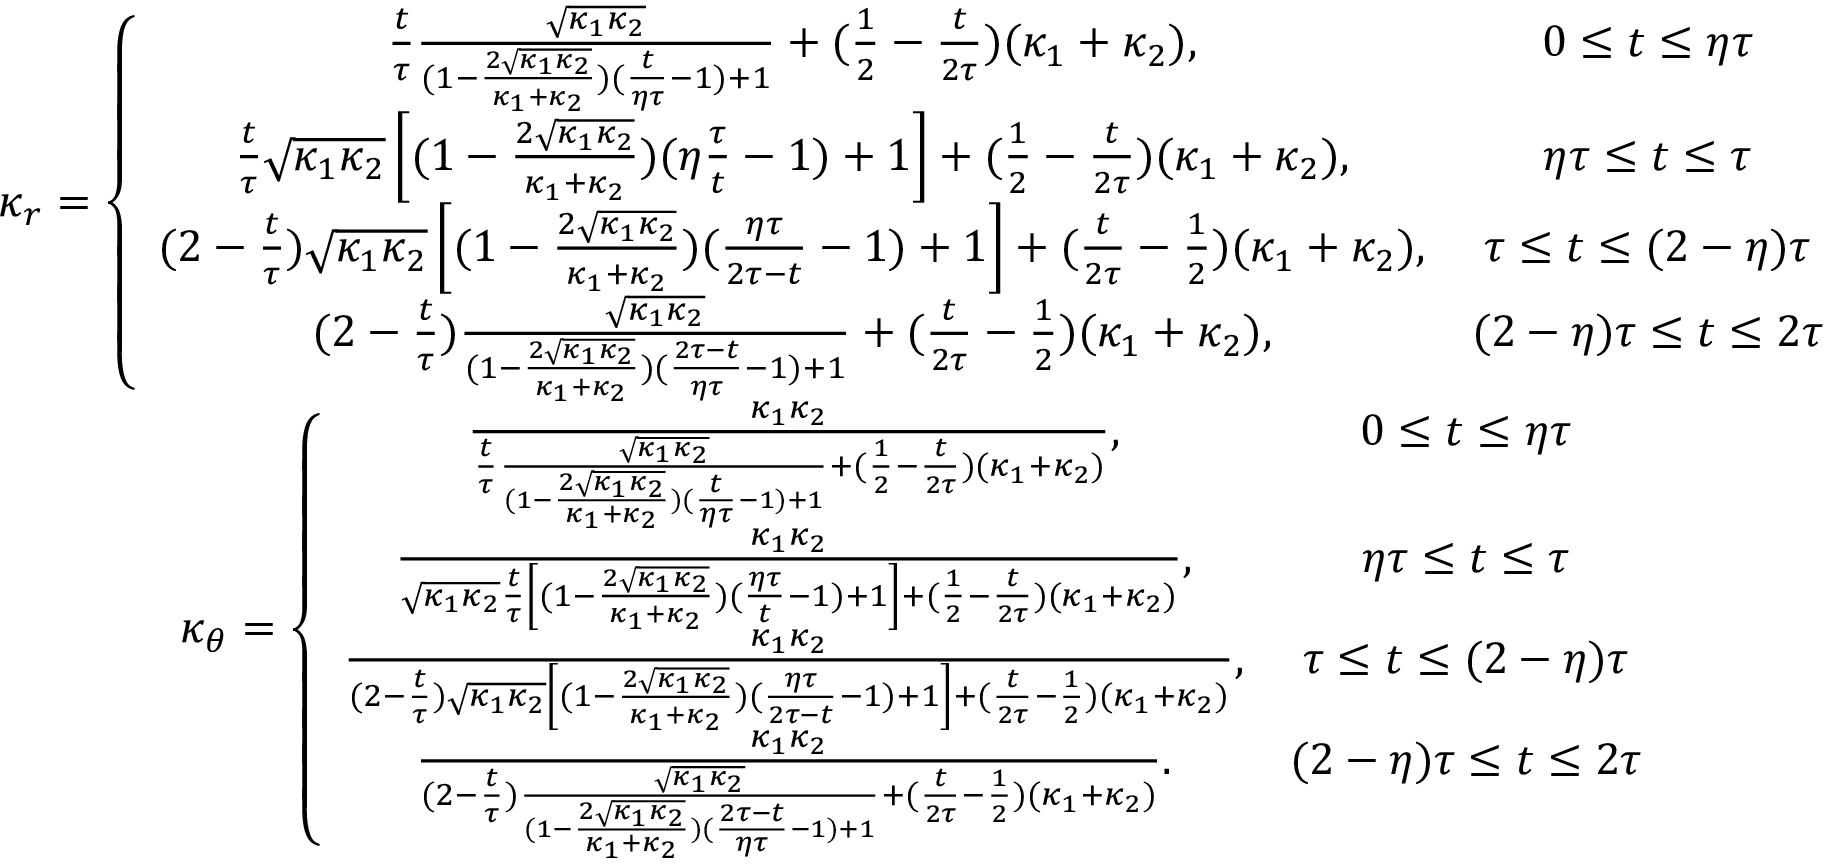
\begin{array} { c c } { \kappa _ { r } = \left\lbrace \begin{array} { c c } { \frac { t } { \tau } \frac { \sqrt { \kappa _ { 1 } \kappa _ { 2 } } } { ( 1 - \frac { 2 \sqrt { \kappa _ { 1 } \kappa _ { 2 } } } { \kappa _ { 1 } + \kappa _ { 2 } } ) ( \frac { t } { \eta \tau } - 1 ) + 1 } + ( \frac { 1 } { 2 } - \frac { t } { 2 \tau } ) ( \kappa _ { 1 } + \kappa _ { 2 } ) , } & { 0 \le t \le \eta \tau } \\ { \frac { t } { \tau } \sqrt { \kappa _ { 1 } \kappa _ { 2 } } \left[ ( 1 - \frac { 2 \sqrt { \kappa _ { 1 } \kappa _ { 2 } } } { \kappa _ { 1 } + \kappa _ { 2 } } ) ( \eta \frac { \tau } { t } - 1 ) + 1 \right] + ( \frac { 1 } { 2 } - \frac { t } { 2 \tau } ) ( \kappa _ { 1 } + \kappa _ { 2 } ) , } & { \eta \tau \le t \le \tau } \\ { ( 2 - \frac { t } { \tau } ) \sqrt { \kappa _ { 1 } \kappa _ { 2 } } \left[ ( 1 - \frac { 2 \sqrt { \kappa _ { 1 } \kappa _ { 2 } } } { \kappa _ { 1 } + \kappa _ { 2 } } ) ( \frac { \eta \tau } { 2 \tau - t } - 1 ) + 1 \right] + ( \frac { t } { 2 \tau } - \frac { 1 } { 2 } ) ( \kappa _ { 1 } + \kappa _ { 2 } ) , } & { \tau \le t \le ( 2 - \eta ) \tau } \\ { ( 2 - \frac { t } { \tau } ) \frac { \sqrt { \kappa _ { 1 } \kappa _ { 2 } } } { ( 1 - \frac { 2 \sqrt { \kappa _ { 1 } \kappa _ { 2 } } } { \kappa _ { 1 } + \kappa _ { 2 } } ) ( \frac { 2 \tau - t } { \eta \tau } - 1 ) + 1 } + ( \frac { t } { 2 \tau } - \frac { 1 } { 2 } ) ( \kappa _ { 1 } + \kappa _ { 2 } ) , } & { ( 2 - \eta ) \tau \le t \le 2 \tau } \end{array} \right. } \\ { \kappa _ { \theta } = \left\lbrace \begin{array} { c c } { \frac { \kappa _ { 1 } \kappa _ { 2 } } { \frac { t } { \tau } \frac { \sqrt { \kappa _ { 1 } \kappa _ { 2 } } } { ( 1 - \frac { 2 \sqrt { \kappa _ { 1 } \kappa _ { 2 } } } { \kappa _ { 1 } + \kappa _ { 2 } } ) ( \frac { t } { \eta \tau } - 1 ) + 1 } + ( \frac { 1 } { 2 } - \frac { t } { 2 \tau } ) ( \kappa _ { 1 } + \kappa _ { 2 } ) } , } & { 0 \le t \le \eta \tau } \\ { \frac { \kappa _ { 1 } \kappa _ { 2 } } { \sqrt { \kappa _ { 1 } \kappa _ { 2 } } \frac { t } { \tau } \left[ ( 1 - \frac { 2 \sqrt { \kappa _ { 1 } \kappa _ { 2 } } } { \kappa _ { 1 } + \kappa _ { 2 } } ) ( \frac { \eta \tau } { t } - 1 ) + 1 \right] + ( \frac { 1 } { 2 } - \frac { t } { 2 \tau } ) ( \kappa _ { 1 } + \kappa _ { 2 } ) } , } & { \eta \tau \le t \le \tau } \\ { \frac { \kappa _ { 1 } \kappa _ { 2 } } { ( 2 - \frac { t } { \tau } ) \sqrt { \kappa _ { 1 } \kappa _ { 2 } } \left[ ( 1 - \frac { 2 \sqrt { \kappa _ { 1 } \kappa _ { 2 } } } { \kappa _ { 1 } + \kappa _ { 2 } } ) ( \frac { \eta \tau } { 2 \tau - t } - 1 ) + 1 \right] + ( \frac { t } { 2 \tau } - \frac { 1 } { 2 } ) ( \kappa _ { 1 } + \kappa _ { 2 } ) } , } & { \tau \le t \le ( 2 - \eta ) \tau } \\ { \frac { \kappa _ { 1 } \kappa _ { 2 } } { ( 2 - \frac { t } { \tau } ) \frac { \sqrt { \kappa _ { 1 } \kappa _ { 2 } } } { ( 1 - \frac { 2 \sqrt { \kappa _ { 1 } \kappa _ { 2 } } } { \kappa _ { 1 } + \kappa _ { 2 } } ) ( \frac { 2 \tau - t } { \eta \tau } - 1 ) + 1 } + ( \frac { t } { 2 \tau } - \frac { 1 } { 2 } ) ( \kappa _ { 1 } + \kappa _ { 2 } ) } . } & { ( 2 - \eta ) \tau \le t \le 2 \tau } \end{array} \right. } \end{array}